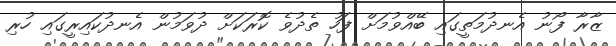
ޒާރާ ފޯނު އެނދުމަތީގައި ބޭއްވުމަށް ފަހު ތެދުވެ ކޮރަކަށް ދުވަމުން އެނދުކައިރީގައި ހުރި